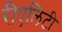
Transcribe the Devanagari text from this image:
रीएलिटी